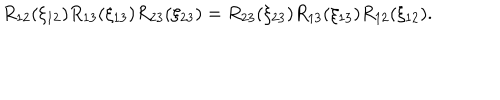
R _ { 1 2 } ( \xi _ { 1 2 } ) R _ { 1 3 } ( \xi _ { 1 3 } ) R _ { 2 3 } ( \xi _ { 2 3 } ) = R _ { 2 3 } ( \xi _ { 2 3 } ) R _ { 1 3 } ( \xi _ { 1 3 } ) R _ { 1 2 } ( \xi _ { 1 2 } ) .